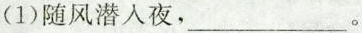
(1)随风潜入夜，___。